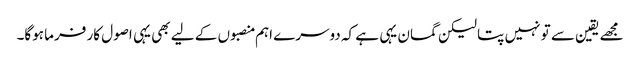
مجھے یقین سے تو نہیں پتا لیکن گمان یہی ہے کہ دوسرے اہم منصبوں کے لیے بھی یہی اصول کار فرما ہوگا۔